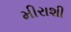
મીરાશી